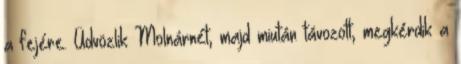
a fejére. Üdvözlik Molnárnét, majd miután távozott, megkérdik a